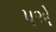
૫એ